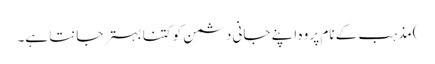
)مذہب کے نام پر وہ اپنے جانی دشمن کو کتنا بہتر جانتا ہے۔